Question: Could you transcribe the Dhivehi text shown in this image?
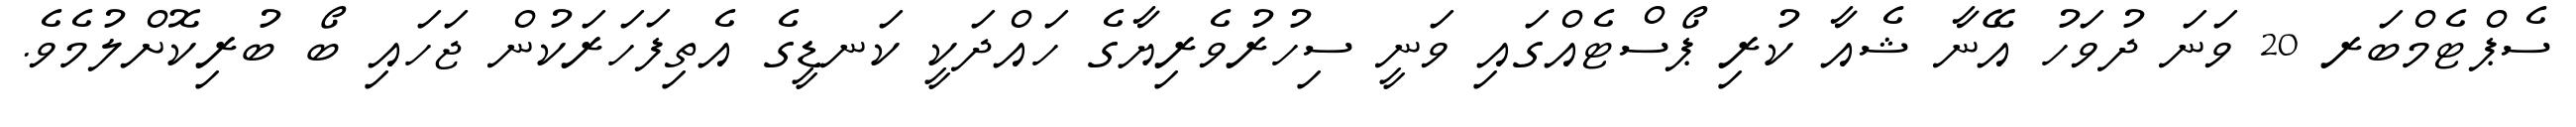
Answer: ސެޕްޓެމްބަރ 20 ވަނަ ދުވަހު އޭނާ ޝެއާ ކުރި ޕޯސްޓެއްގައި ވަނީ ސިހުރުވެރިޔާގެ ހައްދަކީ ކަނޑީގެ އެތިފަހަރަކުން ޖަހައި ބޯ ބުރިކޮށްލުމެވެ.